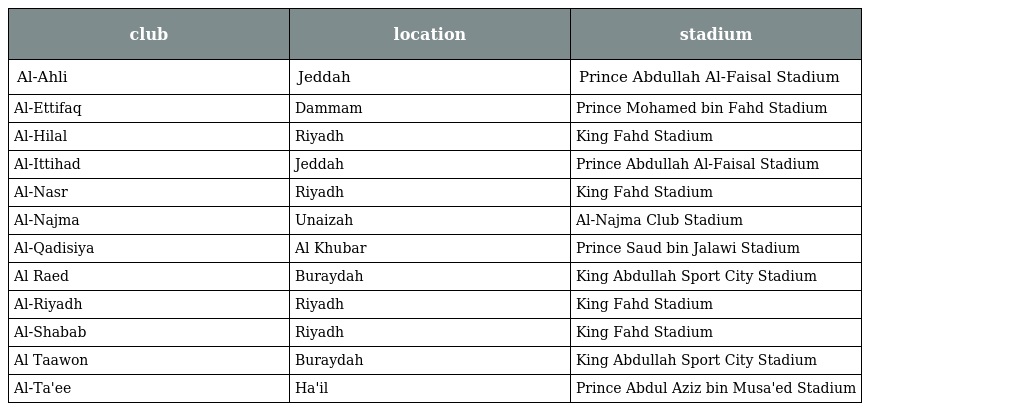
| club | location | stadium |
 | --- | --- | --- |
 | Al-Ahli | Jeddah | Prince Abdullah Al-Faisal Stadium |
 | Al-Ettifaq | Dammam | Prince Mohamed bin Fahd Stadium |
 | Al-Hilal | Riyadh | King Fahd Stadium |
 | Al-Ittihad | Jeddah | Prince Abdullah Al-Faisal Stadium |
 | Al-Nasr | Riyadh | King Fahd Stadium |
 | Al-Najma | Unaizah | Al-Najma Club Stadium |
 | Al-Qadisiya | Al Khubar | Prince Saud bin Jalawi Stadium |
 | Al Raed | Buraydah | King Abdullah Sport City Stadium |
 | Al-Riyadh | Riyadh | King Fahd Stadium |
 | Al-Shabab | Riyadh | King Fahd Stadium |
 | Al Taawon | Buraydah | King Abdullah Sport City Stadium |
 | Al-Ta'ee | Ha'il | Prince Abdul Aziz bin Musa'ed Stadium |